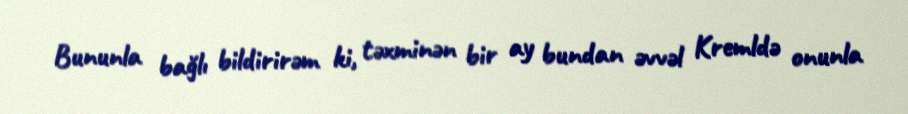
Bununla bağlı bildirirəm ki, təxminən bir ay bundan əvvəl Kremldə onunla